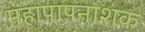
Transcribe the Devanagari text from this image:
महापापनाशक